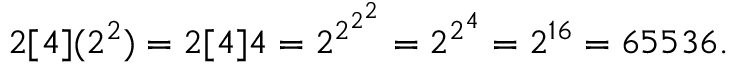
2 [ 4 ] ( 2 ^ { 2 } ) = 2 [ 4 ] 4 = 2 ^ { 2 ^ { 2 ^ { 2 } } } = 2 ^ { 2 ^ { 4 } } = 2 ^ { 1 6 } = 6 5 5 3 6 .